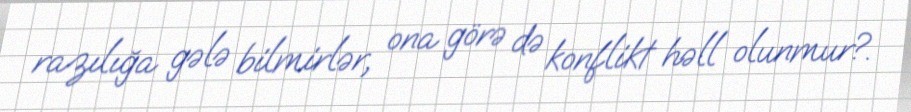
razılığa gələ bilmirlər, ona görə də konflikt həll olunmur?.